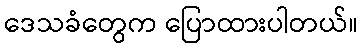
ဒေသခံတွေက ပြောထားပါတယ်။